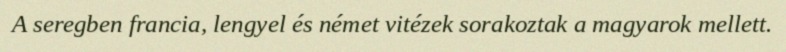
A seregben francia, lengyel és német vitézek sorakoztak a magyarok mellett.